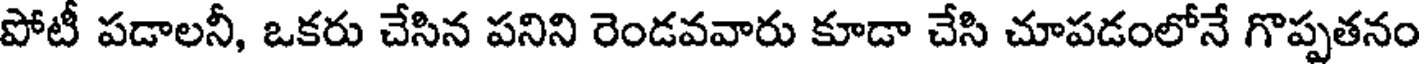
పోటీ పడాలనీ, ఒకరు చేసిన పనిని రెండవవారు కూడా చేసి చూపడంలోనే గొప్పతనం